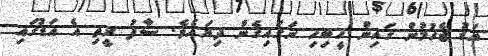
އަޑު ޖެހުމުން ގައިން ހީބިހި ނަގައިގެން ދިޔައެވެ. ސާފު ރީތި އެ އަޑުގައި